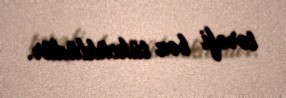
tərəfi boz tükcüklüdür.